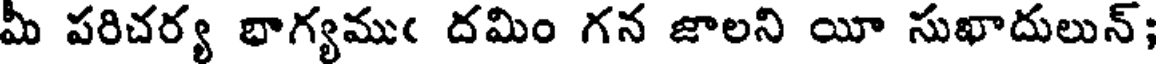
మీ పరిచర్య బాగ్యముఁ దమిం గన జాలని యీ సుఖాదులున్;